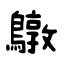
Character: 鷻